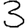
Digit: 3